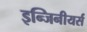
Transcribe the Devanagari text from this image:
इन्जिनीयर्स